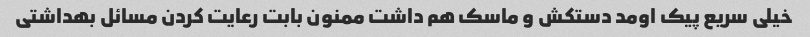
خیلی سریع پیک اومد دستکش و ماسک هم داشت ممنون بابت رعایت کردن مسائل بهداشتی